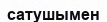
сатушымен